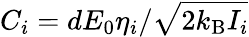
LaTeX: C_{i}=dE_{0}\eta_{i}/\sqrt{2k_{\mathrm{B}}I_{i}}